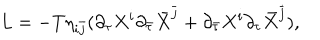
L = - T \eta _ { i \bar { j } } ( { \partial } _ { \tau } X ^ { i } { \partial } _ { \bar { \tau } } { \bar { X } } ^ { \bar { j } } + { \partial } _ { \bar { \tau } } X ^ { i } { \partial } _ { \tau } { \bar { X } } ^ { \bar { j } } ) ,